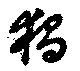
獨